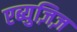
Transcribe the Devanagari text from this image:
एब्युज़िज़